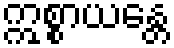
ဣစ္စာယန္တေ